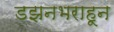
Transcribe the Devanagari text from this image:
डझनभराहून